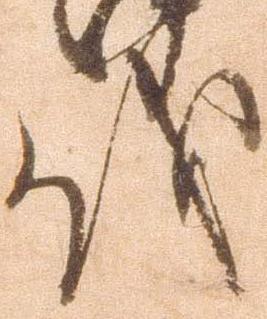
儀